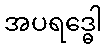
အပရဒ္ဓေါ